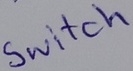
Text: Switch